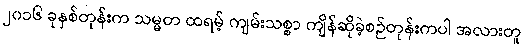
၂၀၁၆ ခုနှစ်တုန်းက သမ္မတ ထရမ့် ကျမ်းသစ္စာ ကျိန်ဆိုခဲ့စဉ်တုန်းကပါ အလားတူ